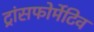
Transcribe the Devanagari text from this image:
ट्रांसफोर्मेटिव